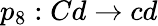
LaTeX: p_{8}:Cd\rightarrow cd